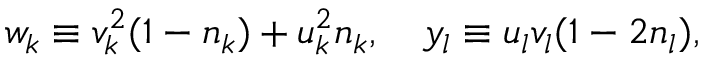
w _ { k } \equiv v _ { k } ^ { 2 } ( 1 - n _ { k } ) + u _ { k } ^ { 2 } n _ { k } , ~ ~ ~ y _ { l } \equiv u _ { l } v _ { l } ( 1 - 2 n _ { l } ) ,